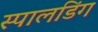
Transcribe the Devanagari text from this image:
स्पालडिंग